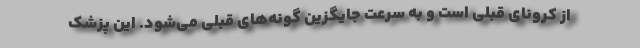
از کرونای قبلی است و به سرعت جایگزین گونه‌های قبلی می‌شود. این پزشک